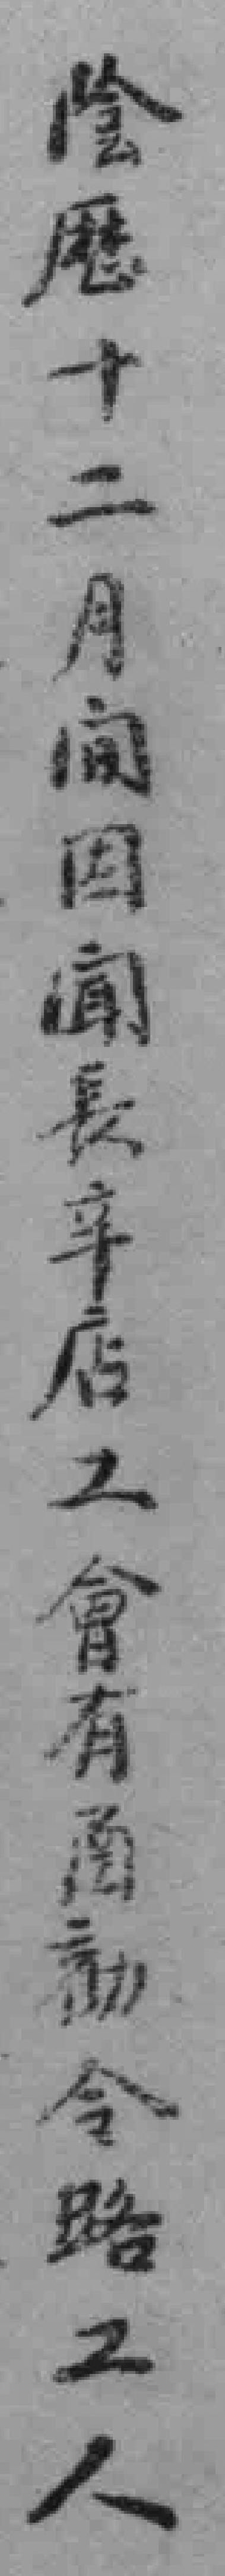
陰歷十二月间因闻長辛店工會有圅動令路工人